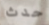
حدث